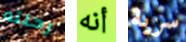
رحلته أنه سرية